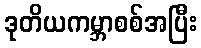
ဒုတိယကမ္ဘာစစ်အပြီး